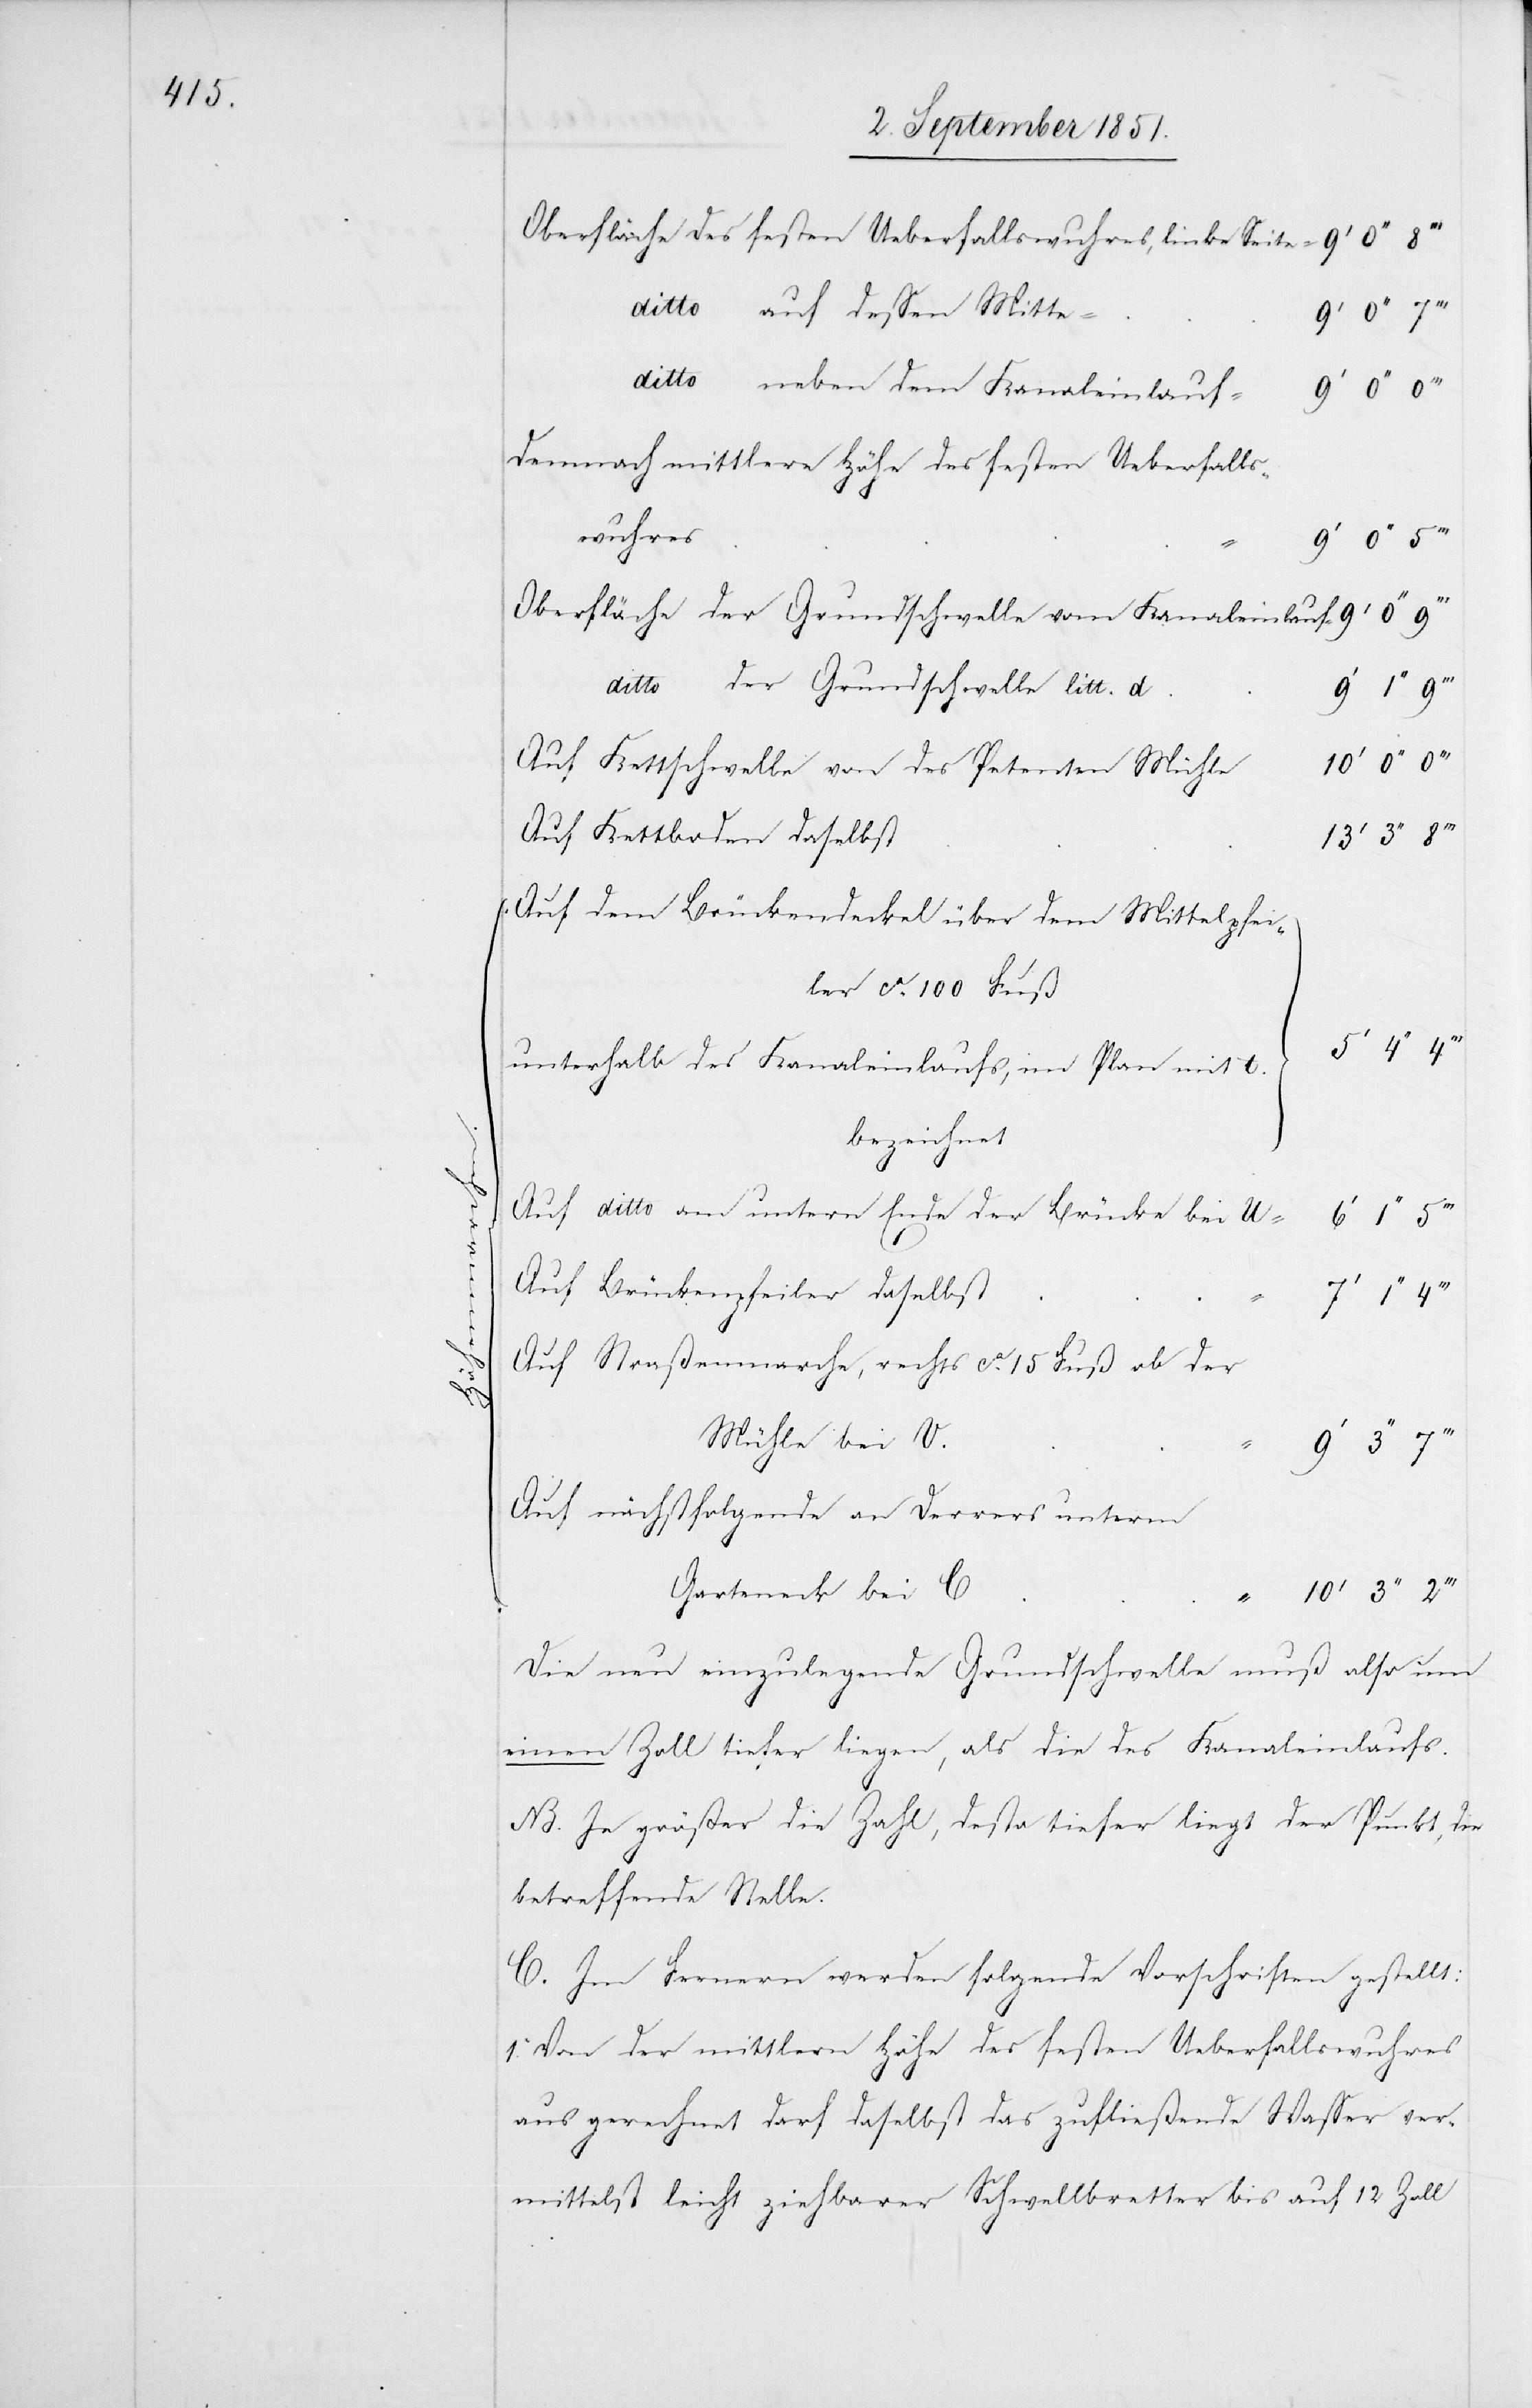
Oberfläche des festen Ueberfallswuhres, linke Seite =
ditto auf dessen Mitte
ditto neben dem Kanaleinlauf
Demnach mittlere Höhe des festen Ueberfalls¬
wuhres
Oberfläche der Grundschwelle vom Kanaleinlauf =
ditto der Grundschwelle litt. d.
Auf Kettschwelle von des Petenten Mühle
Auf Kettboden daselbst
Auf dem Brückendeckel über dem Mittelpfei¬
ler ca. 100 Fuß
unterhalb des Kanaleinlaufs, im Plan mit
bezeichnet
Auf ditto am untern Ende der Brücke bei U
Auf Brückenpfeiler daselbst
7‘
Auf Straßenmarche, rechts ca. 15 Fuß ob der
Mühle bei V.
Auf nächstfolgende an Derrers unterm
Garteneck bei C
Die neu einzulegende Grundschwelle muß also um
einen Zoll tiefer liegen, als die des Kanaleinlaufs.
NB. Je größer die Zahl, desto tiefer liegt der Punkt, die
betreffende Stelle.
C. Im Fernern werden folgende Vorschriften gestellt:
1. Von der mittlern Höhe des festen Ueberfallswuhres
aus gerechnet darf daselbst das zufließende Wasser ver¬
mittelst leicht ziehbarer Schwellbretter bis auf 12 Zoll